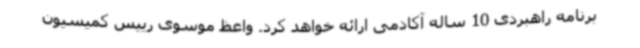
برنامه راهبردی 10 ساله آکادمی ارائه خواهد کرد. واعظ موسوی رییس کمیسیون